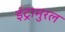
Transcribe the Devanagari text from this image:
इंट्रामुरल